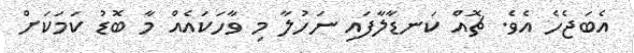
އެބަޖެހެ އެވެ. ޗޮއް ކަނޑާލާފައި ނަހުލާ މި ވާހަކައެއް މާ ބޮޑު ކަމަކަށް